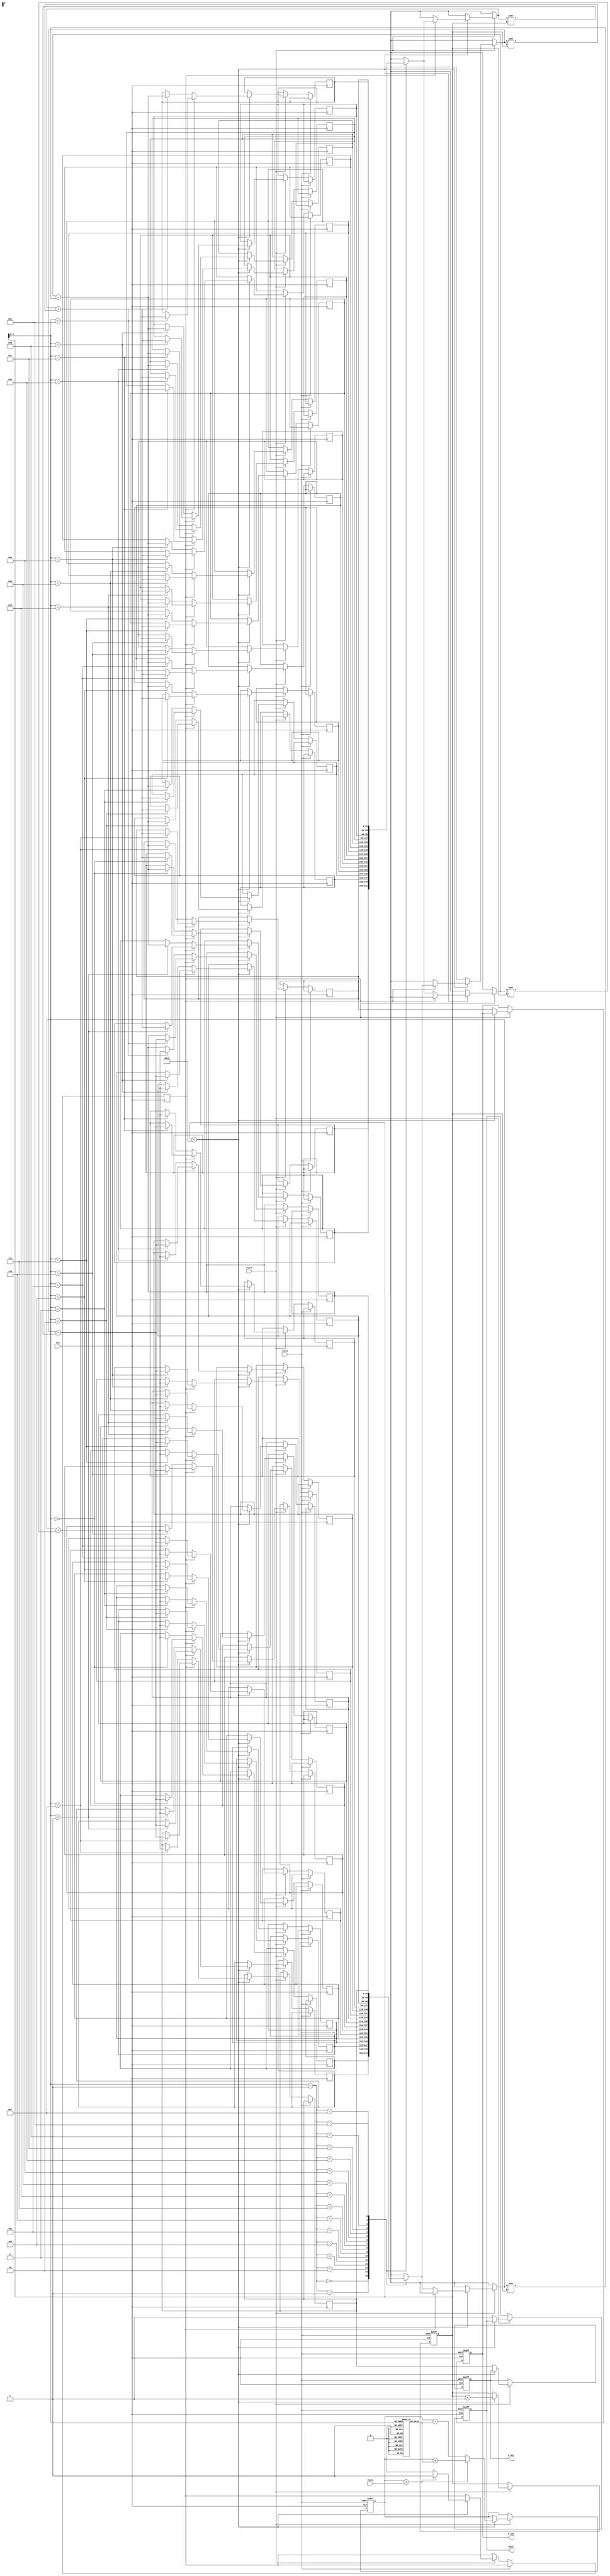
module cordic_rotational (
    input wire clk,
    input wire reset,
    input wire start,
    input wire [31:0] theta, // Input angle in radians (fixed-point)
    output reg [31:0] x_out, // Output cosine value
    output reg [31:0] y_out, // Output sine value
    output reg done // Indicates operation completion
);

    parameter N = 16; // Number of iterations
    parameter FIXED_POINT_SCALE = 32'h00010000; // Scaling factor for fixed-point

    reg [31:0] x [0:N-1]; // X vector
    reg [31:0] y [0:N-1]; // Y vector
    reg [31:0] angle_table [0:N-1]; // Angle lookup table
    reg [4:0] iteration; // Iteration counter
    reg [31:0] current_theta; // Current angle
    reg direction; // Direction of rotation

    // Initialize angle lookup table (arctan(2^-i) values)
    initial begin
        angle_table[0] = 32'h00000000; // atan(2^0)
        angle_table[1] = 32'h00000020; // atan(2^-1)
        angle_table[2] = 32'h00000010; // atan(2^-2)
        angle_table[3] = 32'h0000000A; // atan(2^-3)
        angle_table[4] = 32'h00000005; // atan(2^-4)
        angle_table[5] = 32'h00000003; // atan(2^-5)
        angle_table[6] = 32'h00000002; // atan(2^-6)
        angle_table[7] = 32'h00000001; // atan(2^-7)
        angle_table[8] = 32'h00000001; // atan(2^-8)
        angle_table[9] = 32'h00000000; // atan(2^-9)
        angle_table[10] = 32'h00000000; // atan(2^-10)
        angle_table[11] = 32'h00000000; // atan(2^-11)
        angle_table[12] = 32'h00000000; // atan(2^-12)
        angle_table[13] = 32'h00000000; // atan(2^-13)
        angle_table[14] = 32'h00000000; // atan(2^-14)
        angle_table[15] = 32'h00000000; // atan(2^-15)
    end

    // State machine for CORDIC operation
    always @(posedge clk or posedge reset) begin
        if (reset) begin
            x_out <= FIXED_POINT_SCALE; // Initialize x to 1.0
            y_out <= 32'h0; // Initialize y to 0.0
            iteration <= 0;
            done <= 0;
            current_theta <= 0;
        end else if (start) begin
            // Start the CORDIC process
            if (iteration < N) begin
                // Determine direction based on current angle
                if (current_theta < theta) begin
                    direction <= 1; // Counterclockwise
                    current_theta <= current_theta + angle_table[iteration];
                end else begin
                    direction <= 0; // Clockwise
                    current_theta <= current_theta - angle_table[iteration];
                end

                // Perform CORDIC update
                if (direction) begin
                    // Counterclockwise rotation
                    x[iteration] <= x[iteration - 1] + (y[iteration - 1] >> iteration);
                    y[iteration] <= y[iteration - 1] - (x[iteration - 1] >> iteration);
                end else begin
                    // Clockwise rotation
                    x[iteration] <= x[iteration - 1] - (y[iteration - 1] >> iteration);
                    y[iteration] <= y[iteration - 1] + (x[iteration - 1] >> iteration);
                end

                iteration <= iteration + 1;
            end else begin
                // Operation complete
                x_out <= x[N-1];
                y_out <= y[N-1];
                done <= 1;
            end
        end
    end
endmodule